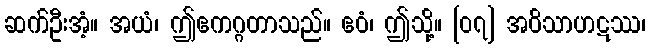
ဆက်ဦးအံ့။ အယံ၊ ဤဧကဂ္ဂတာသည်။ ဧဝံ၊ ဤသို့။ [၀၇] အဝိသာဟဋဿ၊